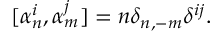
[ \alpha _ { n } ^ { i } , \alpha _ { m } ^ { j } ] = n \delta _ { n , - m } \delta ^ { i j } .